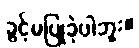
ခွင့်မပြုခဲ့ပါဘူး။